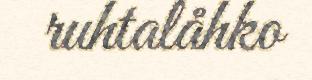
ruhtalåhko